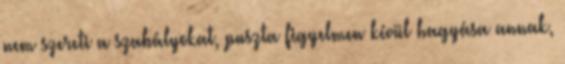
nem szereti a szabályokat, puszta figyelmen kívül hagyása annak,